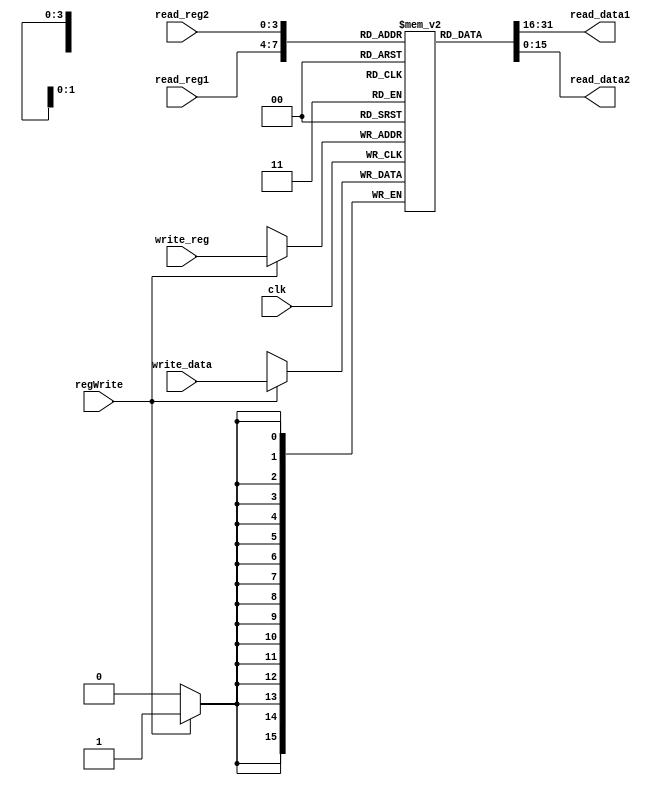
module registers(

input clk,
input [3:0] read_reg1,
input [3:0] read_reg2,
input [3:0] write_reg,
input [15:0] write_data,
input regWrite,

output reg [15:0] read_data1,
output reg [15:0] read_data2

);

// 16 registers
reg [15:0] registers [0:15];

initial begin 
    // register 0 is always 0
    registers[0] = 16'b0000_0000_0000_0000;
end

always @ (posedge clk) begin
    if (regWrite) begin
        registers[write_reg] <= write_data;
    end
end

always @ (*) begin
    read_data1 = registers[read_reg1];
    read_data2 = registers[read_reg2];
end



endmodule